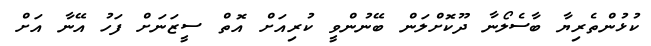
ކުޅުންތެރިޔާ ބާސެލޯނާ ދޫކޮށްލަން ބޭނުންވީ ކުރިއަށް އޮތް ސީޒަނަށް ފަހު އޭނާ އަށް